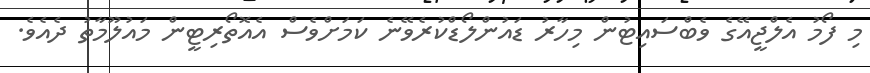
މި ފޯމު އެލްޖީއޭގެ ވެބްސައިޓުން މިހާރު ޑައުންލޯޑްކުރެވޭނެ ކަމަށްވެސް އެއޮތޯރިޓީން މައުލޫމާތު ދެއެވެ.